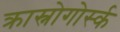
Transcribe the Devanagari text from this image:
क्रास्नोगोर्स्क